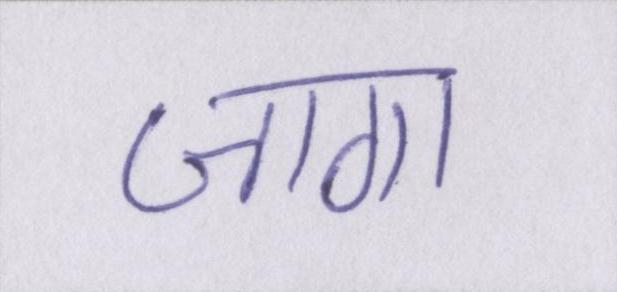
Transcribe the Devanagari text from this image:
जागा